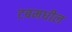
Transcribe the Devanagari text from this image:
टबमधील